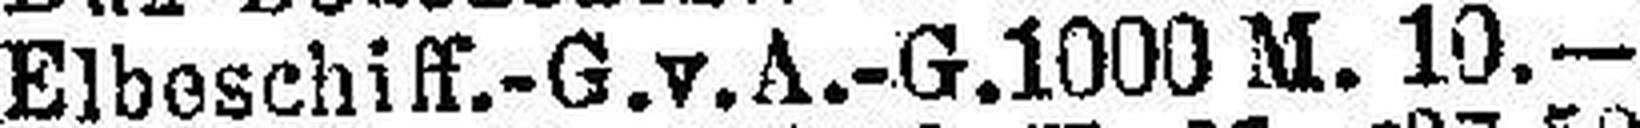
Elbeschiff.-G. v. A.-G. 1000 M. 10.—